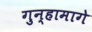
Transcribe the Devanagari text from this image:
गुन्हामागे